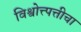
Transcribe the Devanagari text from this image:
विश्वोत्त्पत्तीचा